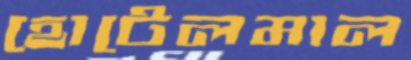
হোটেলমাল